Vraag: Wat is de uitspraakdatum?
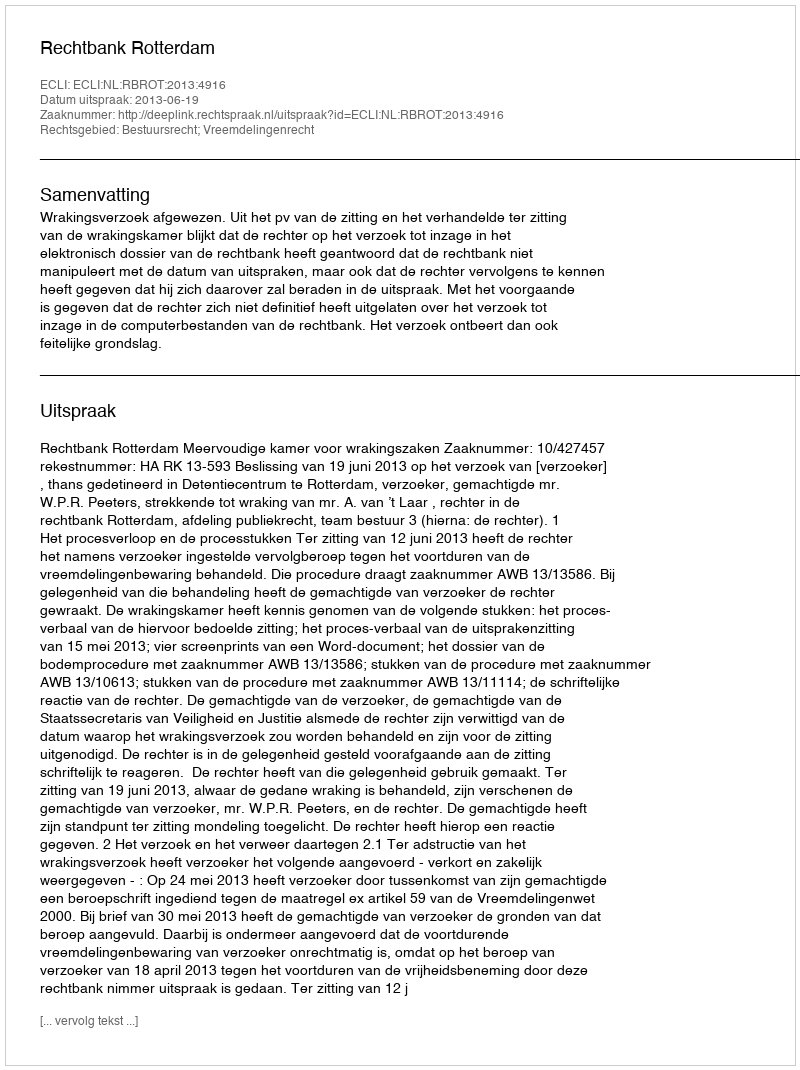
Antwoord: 2013-06-19